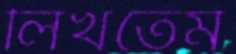
লিখতেম